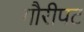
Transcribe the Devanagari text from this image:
गौरीपट